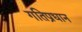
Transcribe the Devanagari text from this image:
गतिप्रधान